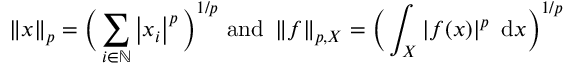
\left\| x \right\| _ { p } = { \bigg ( } \sum _ { i \in \mathbb { N } } \left| x _ { i } \right| ^ { p } { \bigg ) } ^ { 1 / p } { \mathrm { ~ a n d } } \ \left\| f \right\| _ { p , X } = { \bigg ( } \int _ { X } \left| f ( x ) \right| ^ { p } ~ \mathrm { d } x { \bigg ) } ^ { 1 / p }